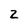
Character: 2